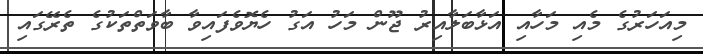
މިއަހަރުގެ މެއި މަހާއި އަޅާބަލާއިރު ޖޫން މަހު އަގު ހެޔޮވެފައިވާ ބާވަތްތަކުގެ ތެރޭގައި